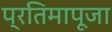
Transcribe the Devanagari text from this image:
प्रतिमापूजा